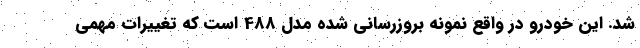
شد. این خودرو در واقع نمونه بروزرسانی شده مدل 488 است که تغییرات مهمی